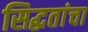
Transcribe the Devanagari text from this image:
सिद्धतांचा